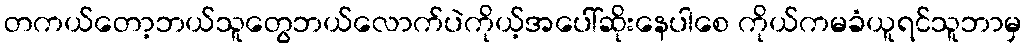
တကယ်တော့ဘယ်သူတွေဘယ်လောက်ပဲကိုယ့်အပေါ်ဆိုးနေပါစေ ကိုယ်ကမခံယူရင်သူဘာမှ